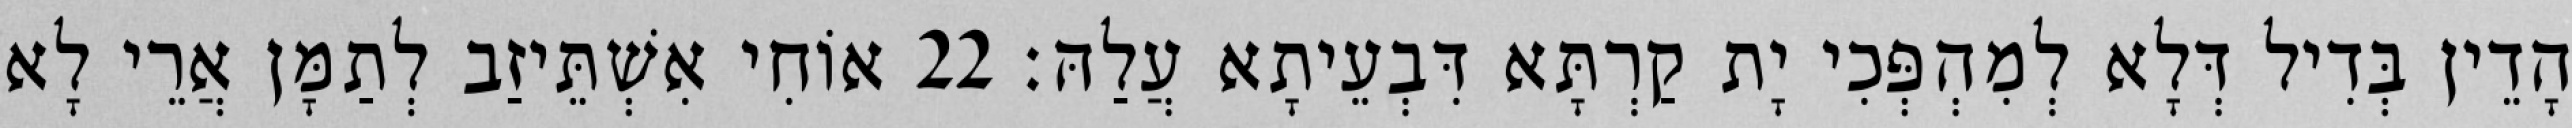
הָדֵין בְּדִיל דְּלָא לְמִהְפְּכִי יָת קַרְתָּא דִּבְעֵיתָא עֲלַהּ׃ 22 אוֹחִי אִשְׁתֵּיזַב לְתַמָּן אֲרֵי לָא